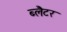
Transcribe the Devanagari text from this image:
ब्लैटर